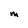
Character: M